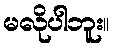
မလိုပါဘူး။